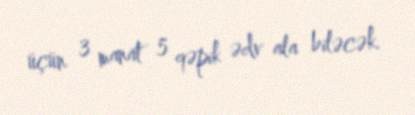
üçün 3 manat 5 qəpik ədv ala biləcək.